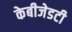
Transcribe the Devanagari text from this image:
केबीजेडटी